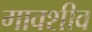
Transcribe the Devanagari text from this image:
गावशीव